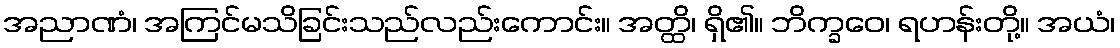
အညာဏံ၊ အကြင်မသိခြင်းသည်လည်းကောင်း။ အတ္ထိ၊ ရှိ၏။ ဘိက္ခဝေ၊ ရဟန်းတို့။ အယံ၊